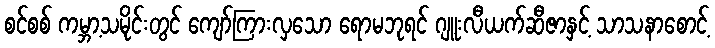
စင်စစ် ကမ္ဘာ့သမိုင်းတွင် ကျော်ကြားလှသော ရောမဘုရင် ဂျူးလီယက်ဆီဇာနှင့် သာသနာစောင့်